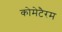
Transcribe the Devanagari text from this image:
कोमेटैरम